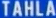
TAHLA